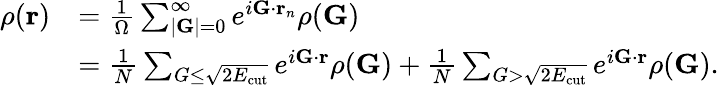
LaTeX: \begin{array}{rl}{\rho(\mathbf{r})}&{=\frac{1}{\Omega}\sum_{|\mathbf{G}|=0}^{\infty}e^{i\mathbf{G}\cdot\mathbf{r}_{n}}\rho(\mathbf{G})}\\ &{=\frac{1}{N}\sum_{G\leq\sqrt{2E_{\mathrm{cut}}}}e^{i\mathbf{G}\cdot\mathbf{r}}\rho(\mathbf{G})+\frac{1}{N}\sum_{G>\sqrt{2E_{\mathrm{cut}}}}e^{i\mathbf{G}\cdot\mathbf{r}}\rho(\mathbf{G}).}\end{array}